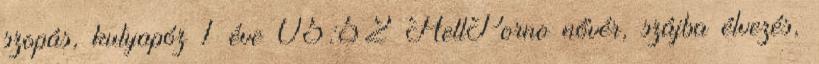
szopás, kutyapóz 1 éve 05:52 HellPorno nővér, szájba élvezés,